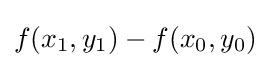
f(x_{1},y_{1})-f(x_{0},y_{0})